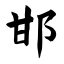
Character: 邯